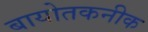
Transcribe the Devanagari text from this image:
बायोतकनीक